Madras plague regulations and rules for the city of Madras
Disease focus: Plague
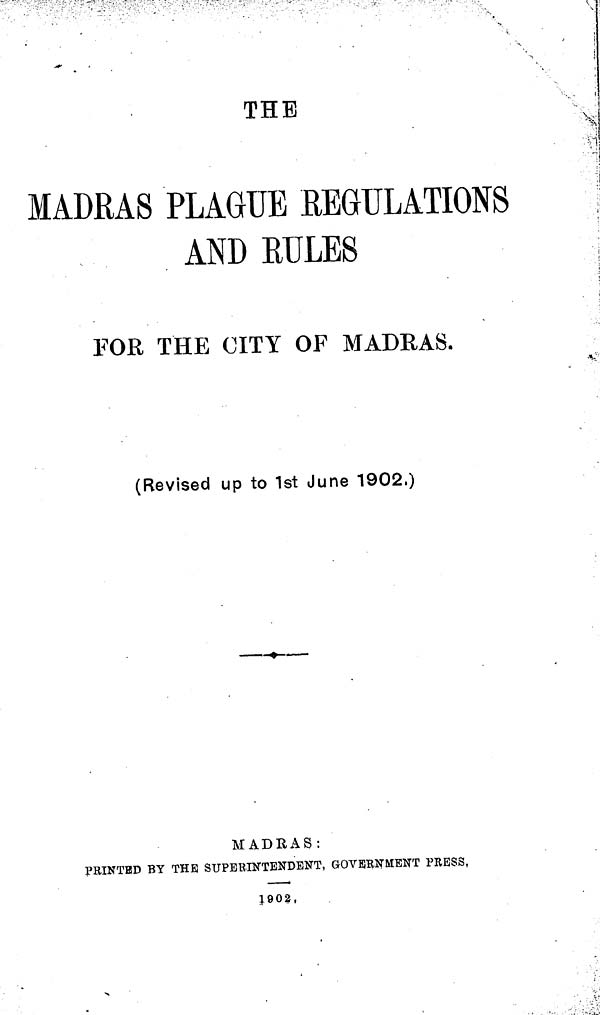
THE
MADRAS PLAGUE REGULATIONS
AND RULES
FOR THE CITY OF MADRAS.
(Revised up to 1st June 1902.)
MADRAS:
PRINTED BY THE SUPERINTENDENT, GOVERNMENT PEESS,
1902